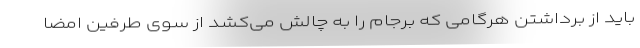
باید از برداشتن هرگامی که برجام را به چالش می‌کشد از سوی طرفین امضا